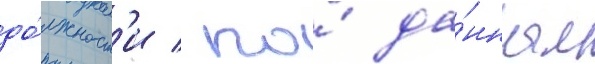
до́лжност'и / по́ да́нным